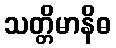
သတ္တိမာနိဓ